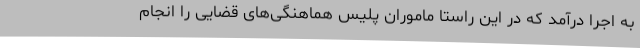
به اجرا درآمد که در این راستا ماموران پلیس هماهنگی‌های قضایی را انجام